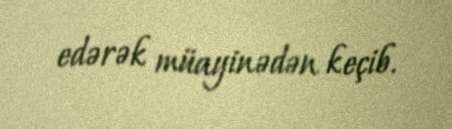
edərək müayinədən keçib.